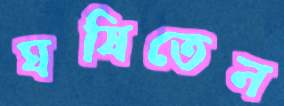
ঘষিতেন